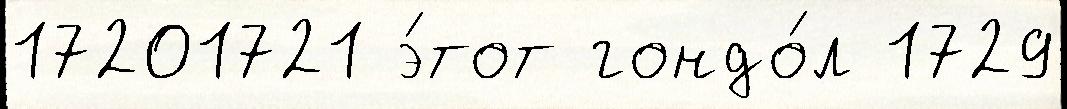
17201721 э́тот гондо́л 1729